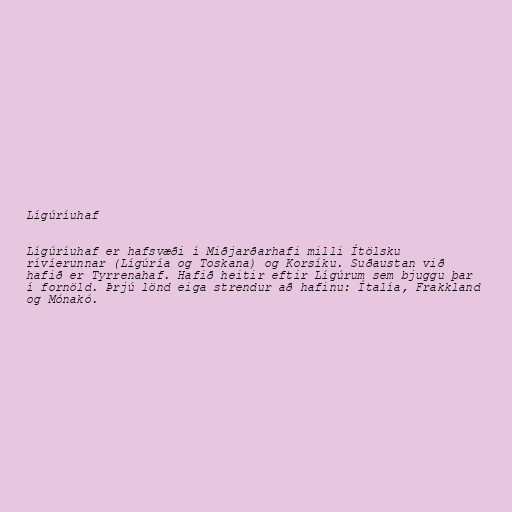
Lígúríuhaf

Lígúríuhaf er hafsvæði í Miðjarðarhafi milli Ítölsku
rívíerunnar (Lígúría og Toskana) og Korsíku. Suðaustan við
hafið er Tyrrenahaf. Hafið heitir eftir Lígúrum sem bjuggu þar
í fornöld. Þrjú lönd eiga strendur að hafinu: Ítalía, Frakkland
og Mónakó.